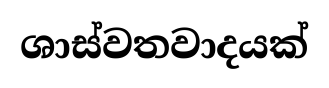
ශාස්වතවාදයක්